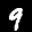
Label: 9